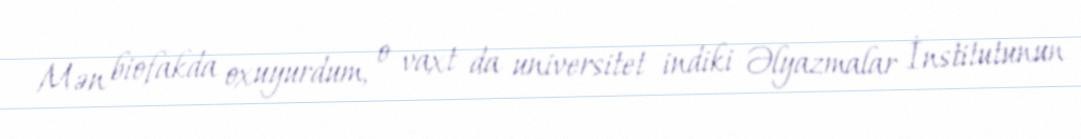
Mən biofakda oxuyurdum, o vaxt da universitet indiki Əlyazmalar İnstitutunun